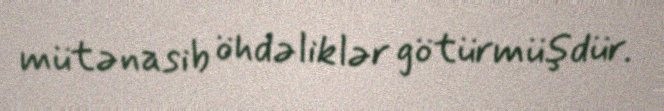
mütənasib öhdəliklər götürmüşdür.